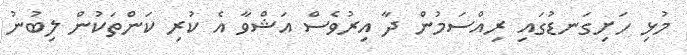
މުޅި ހަށިގަނޑުގައި ރިއްސަމުން ދާ އިރުވެސް އަޝްވާ އެ ކުރި ކަންތަކުން ލިބުނު